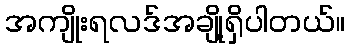
အကျိုးရလဒ်အချို့ရှိပါတယ်။